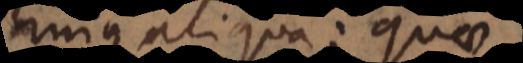
hujus aliqua; quae